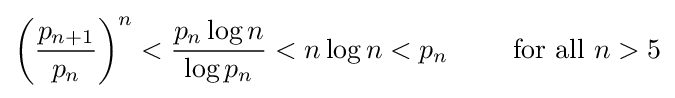
\left({\frac {p_{n+1}}{p_{n}}}\right)^{n}<{\frac {p_{n}\log n}{\log p_{n}}}<n\log n<p_{n}\qquad {\text{ for all }}n>5